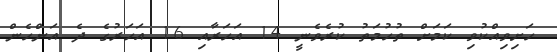
ހަށިވިއްކުވި ކަމަށް ތުހުމަތު ކުރެވެނީ 14 އަހަރާއި 16 އަހަރުގެ ދެ އަންހެން